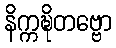
နိက္ကဍ္ဎိတဗ္ဗော